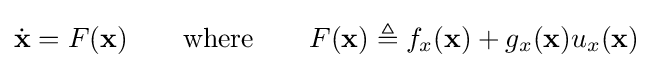
{\dot {\mathbf {x} }}=F(\mathbf {x} )\qquad {\text{where}}\qquad F(\mathbf {x} )\triangleq f_{x}(\mathbf {x} )+g_{x}(\mathbf {x} )u_{x}(\mathbf {x} )